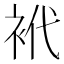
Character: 𰳴